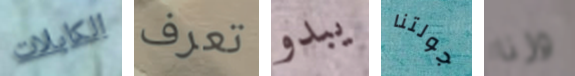
الكابلات تعرف يبدو جولتنا وزنا